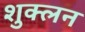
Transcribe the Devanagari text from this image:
शुक्लन